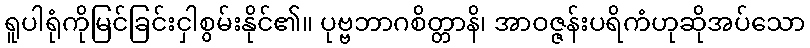
ရူပါရုံကိုမြင်ခြင်းငှါစွမ်းနိုင်၏။ ပုဗ္ဗဘာဂစိတ္တာနိ၊ အာဝဇ္ဇန်းပရိကံဟုဆိုအပ်သော